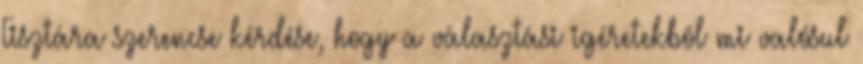
Tisztára szerencse kérdése, hogy a választási igéretekbõl mi valósul